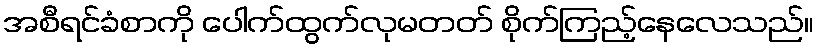
အစီရင်ခံစာကို ပေါက်ထွက်လုမတတ် စိုက်ကြည့်နေလေသည်။